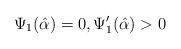
LaTeX: \begin{align*}\Psi_1(\hat\alpha)=0, \Psi_1'(\hat\alpha)>0\end{align*}